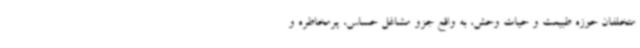
متخلفان حوزه طبیعت و حیات وحش، به واقع جزو مشاغل حساس، پرمخاطره و